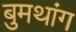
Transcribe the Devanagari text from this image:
बुमथांग